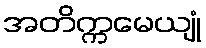
အတိက္ကမေယျုံ